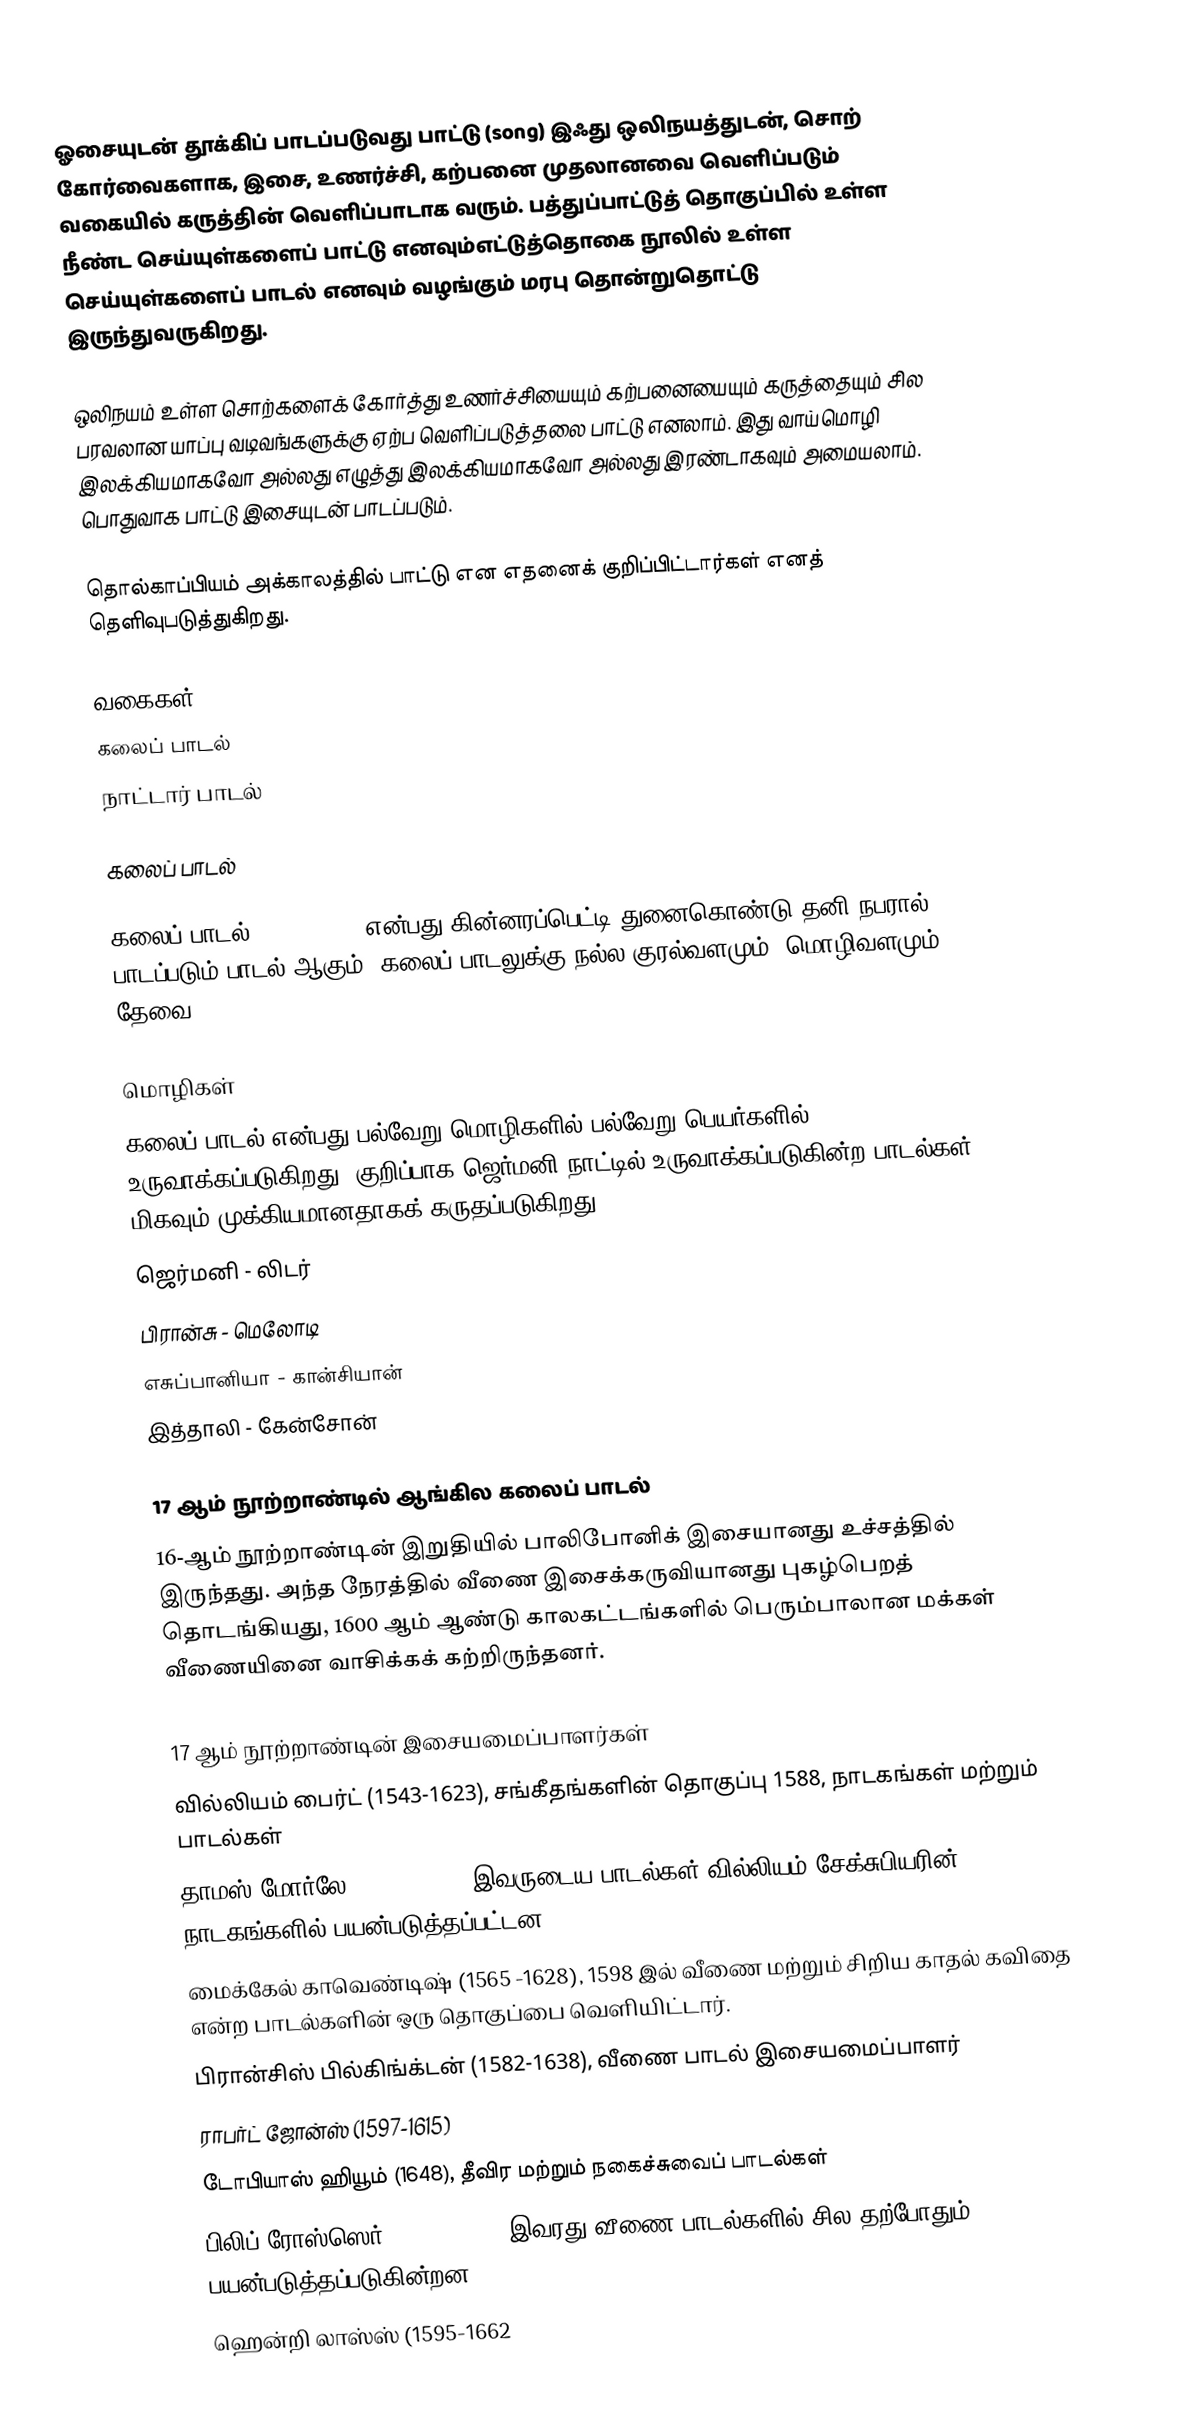
ஓசையுடன் தூக்கிப் பாடப்படுவது பாட்டு (song) இஃது ஒலிநயத்துடன், சொற் கோர்வைகளாக, இசை, உணர்ச்சி, கற்பனை முதலானவை வெளிப்படும் வகையில் கருத்தின் வெளிப்பாடாக வரும். பத்துப்பாட்டுத் தொகுப்பில் உள்ள நீண்ட செய்யுள்களைப் பாட்டு எனவும்எட்டுத்தொகை நூலில் உள்ள செய்யுள்களைப் பாடல் எனவும் வழங்கும் மரபு தொன்றுதொட்டு இருந்துவருகிறது.

ஒலிநயம் உள்ள சொற்களைக் கோர்த்து உணர்ச்சியையும் கற்பனையையும் கருத்தையும் சில பரவலான யாப்பு வடிவங்களுக்கு ஏற்ப வெளிப்படுத்தலை பாட்டு எனலாம். இது வாய்மொழி இலக்கியமாகவோ அல்லது எழுத்து இலக்கியமாகவோ அல்லது இரண்டாகவும் அமையலாம். பொதுவாக பாட்டு இசையுடன் பாடப்படும்.

 தொல்காப்பியம் அக்காலத்தில் பாட்டு என எதனைக் குறிப்பிட்டார்கள் எனத் தெளிவுபடுத்துகிறது.

வகைகள்
 கலைப் பாடல்
 நாட்டார் பாடல்

கலைப் பாடல்

கலைப் பாடல் (Art songs) என்பது கின்னரப்பெட்டி துனைகொண்டு தனி நபரால் பாடப்படும் பாடல் ஆகும். கலைப் பாடலுக்கு நல்ல குரல்வளமும், மொழிவளமும் தேவை.

மொழிகள்
கலைப் பாடல் என்பது பல்வேறு மொழிகளில் பல்வேறு பெயர்களில் உருவாக்கப்படுகிறது. குறிப்பாக ஜெர்மனி நாட்டில் உருவாக்கப்படுகின்ற பாடல்கள் மிகவும் முக்கியமானதாகக் கருதப்படுகிறது.
 ஜெர்மனி - லிடர்
 பிரான்சு - மெலோடி
 எசுப்பானியா - கான்சியான்
 இத்தாலி - கேன்சோன்

17 ஆம் நூற்றாண்டில் ஆங்கில கலைப் பாடல்
16-ஆம் நூற்றாண்டின் இறுதியில் பாலிபோனிக் இசையானது உச்சத்தில் இருந்தது. அந்த நேரத்தில் வீணை இசைக்கருவியானது புகழ்பெறத் தொடங்கியது, 1600 ஆம் ஆண்டு காலகட்டங்களில் பெரும்பாலான மக்கள் வீணையினை வாசிக்கக் கற்றிருந்தனர்.

17 ஆம் நூற்றாண்டின் இசையமைப்பாளர்கள்
 வில்லியம் பைர்ட் (1543-1623), சங்கீதங்களின் தொகுப்பு 1588, நாடகங்கள்  மற்றும் பாடல்கள்
 தாமஸ் மோர்லே (1557- 1603) இவருடைய பாடல்கள் வில்லியம் சேக்சுபியரின் நாடகங்களில் பயன்படுத்தப்பட்டன.
 மைக்கேல் காவெண்டிஷ் (1565 -1628), 1598 இல்  வீணை மற்றும் சிறிய காதல் கவிதை என்ற  பாடல்களின் ஒரு தொகுப்பை வெளியிட்டார்.
 பிரான்சிஸ் பில்கிங்க்டன் (1582-1638), வீணை பாடல் இசையமைப்பாளர்
 ராபர்ட் ஜோன்ஸ் (1597-1615)
 டோபியாஸ் ஹியூம் (1648), தீவிர மற்றும் நகைச்சுவைப் பாடல்கள்
 பிலிப் ரோஸ்ஸெர் (1567-1623), இவரது வீணை பாடல்களில் சில தற்போதும் பயன்படுத்தப்படுகின்றன.
 ஹென்றி லாஸ்ஸ் (1595-1662